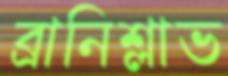
ব্রানিশ্লাভ